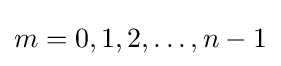
{\textstyle m=0,1,2,\ldots ,n-1}